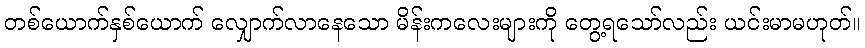
တစ်ယောက်နှစ်ယောက် လျှောက်လာနေသော မိန်းကလေးများကို တွေ့ရသော်လည်း ယင်းမာမဟုတ်။